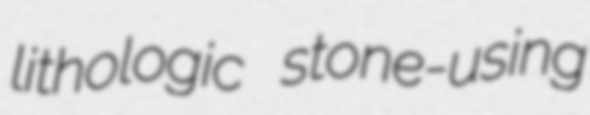
lithologic stone-using